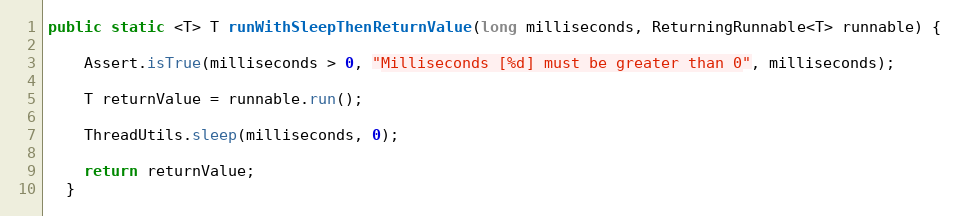
Language: Java
public static <T> T runWithSleepThenReturnValue(long milliseconds, ReturningRunnable<T> runnable) {

    Assert.isTrue(milliseconds > 0, "Milliseconds [%d] must be greater than 0", milliseconds);

    T returnValue = runnable.run();

    ThreadUtils.sleep(milliseconds, 0);

    return returnValue;
  }